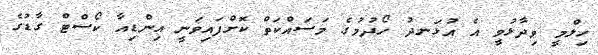
ހިލްމީ ވިދާޅުވީ އެ އުޅަނދު ހޯދުމުގެ މަސައްކަތް ކޮށްފައިވަނީ އިންޑިއާ ކޯސްޓް ގާޑުގެ